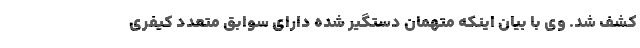
کشف شد. وی با بیان اینکه متهمان دستگیر شده دارای سوابق متعدد کیفری